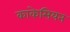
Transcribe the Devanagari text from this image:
काकेसियन